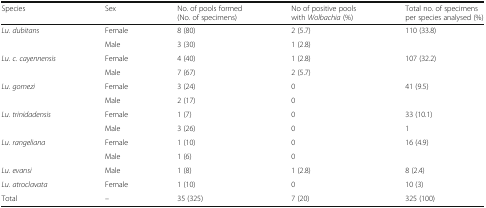
<table><thead><tr><td><b>Species</b></td><td><b>Sex</b></td><td><b>No. of pools formed (No. of specimens)</b></td><td><b>No of positive pools with <i>Wolbachia</i> (%)</b></td><td><b>Total no. of specimens per species analysed (%)</b></td></tr></thead><tbody><tr><td rowspan="2"><i>Lu. dubitans</i></td><td>Female</td><td>8 (80)</td><td>2 (5.7)</td><td>110 (33.8)</td></tr><tr><td>Male</td><td>3 (30)</td><td>1 (2.8)</td><td></td></tr><tr><td rowspan="2"><i>Lu. c. cayennensis</i></td><td>Female</td><td>4 (40)</td><td>1 (2.8)</td><td>107 (32.2)</td></tr><tr><td>Male</td><td>7 (67)</td><td>2 (5.7)</td><td></td></tr><tr><td rowspan="2"><i>Lu. gomezi</i></td><td>Female</td><td>3 (24)</td><td>0</td><td>41 (9.5)</td></tr><tr><td>Male</td><td>2 (17)</td><td>0</td><td></td></tr><tr><td rowspan="2"><i>Lu. trinidadensis</i></td><td>Female</td><td>1 (7)</td><td>0</td><td>33 (10.1)</td></tr><tr><td>Male</td><td>3 (26)</td><td>0</td><td>1</td></tr><tr><td rowspan="2"><i>Lu. rangeliana</i></td><td>Female</td><td>1 (10)</td><td>0</td><td>16 (4.9)</td></tr><tr><td>Male</td><td>1 (6)</td><td>0</td><td></td></tr><tr><td><i>Lu. evansi</i></td><td>Male</td><td>1 (8)</td><td>1 (2.8)</td><td>8 (2.4)</td></tr><tr><td><i>Lu. atroclavata</i></td><td>Female</td><td>1 (10)</td><td>0</td><td>10 (3)</td></tr><tr><td>Total</td><td>–</td><td>35 (325)</td><td>7 (20)</td><td>325 (100)</td></tr></tbody></table>